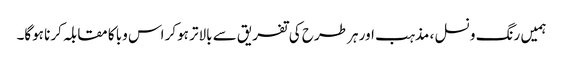
ہمیں رنگ و نسل ، مذہب اور ہر طرح کی تفریق سے بالاتر ہوکر اس وبا کا مقابلہ کرنا ہوگا۔